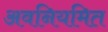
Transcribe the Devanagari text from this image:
अवनियमित